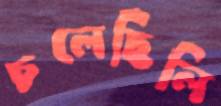
চলেছিলি